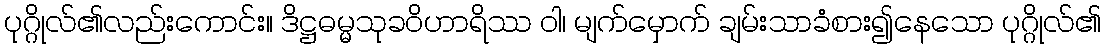
ပုဂ္ဂိုလ်၏လည်းကောင်း။ ဒိဋ္ဌဓမ္မသုခဝိဟာရိဿ ဝါ၊ မျက်မှောက် ချမ်းသာခံစား၍နေသော ပုဂ္ဂိုလ်၏